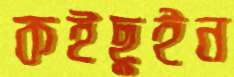
কইছুইন